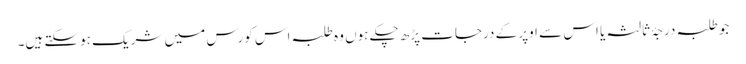
جو طلبہ درجۂ ثالثہ یا اس سے اوپر کے درجات پڑھ چکے ہوں وہ طلبہ اس کورس میں شریک ہوسکتے ہیں۔